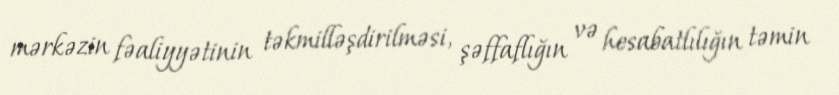
mərkəzin fəaliyyətinin təkmilləşdirilməsi, şəffaflığın və hesabatlılığın təmin